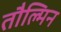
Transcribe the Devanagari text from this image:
तौल्मिन